画像に写った文字を読んでください
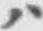
「ハ」と書いてあります